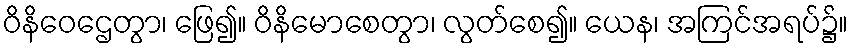
ဝိနိဝေဌေတွာ၊ ဖြေ၍။ ဝိနိမောစေတွာ၊ လွတ်စေ၍။ ယေန၊ အကြင်အရပ်၌။